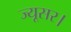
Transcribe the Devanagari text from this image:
ज्यूसर।